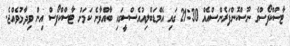
ޓާސްކްފޯސްގެ ނޫސްކޮންފަރެންސްއެއް 21:30 ގައި އެމްޑަބްލިއުއެސްސީގައި ބާއްވާނެ ކަމަށް ޓާސްކްފޯސް އިން ވިދާޅުވެއްޖެ.